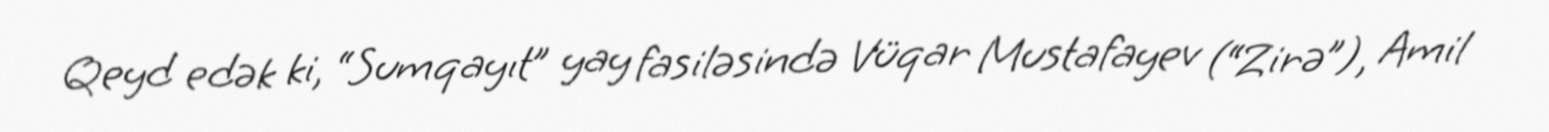
Qeyd edək ki, “Sumqayıt” yay fasiləsində Vüqar Mustafayev (“Zirə”), Amil